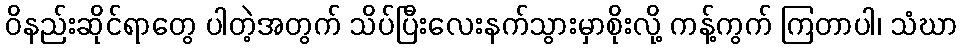
ဝိနည်းဆိုင်ရာတွေ ပါတဲ့အတွက် သိပ်ပြီးလေးနက်သွားမှာစိုးလို့ ကန့်ကွက် ကြတာပါ၊ သံဃာ